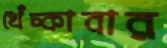
খেঁচ্‌কাবার